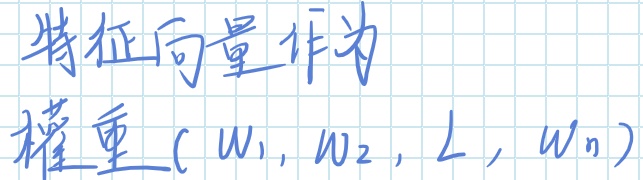
特征向量作为权重\((w_1, w_2, \cdots, w_n)\)